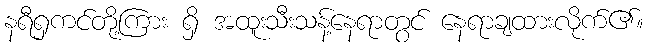
နရီရှကင်တို့ကြား ရှိ အထူးသီးသန့်နေရာတွင် နေရာချထားလိုက်၏။